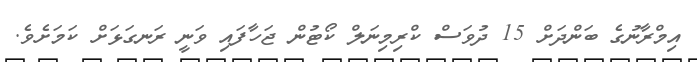
އިމްރާނުގެ ބަންދަށް 15 ދުވަސް ކްރިމިނަލް ކޯޓުން ޖަހާފައި ވަނީ ރަނގަޅަށް ކަމަށެވެ.